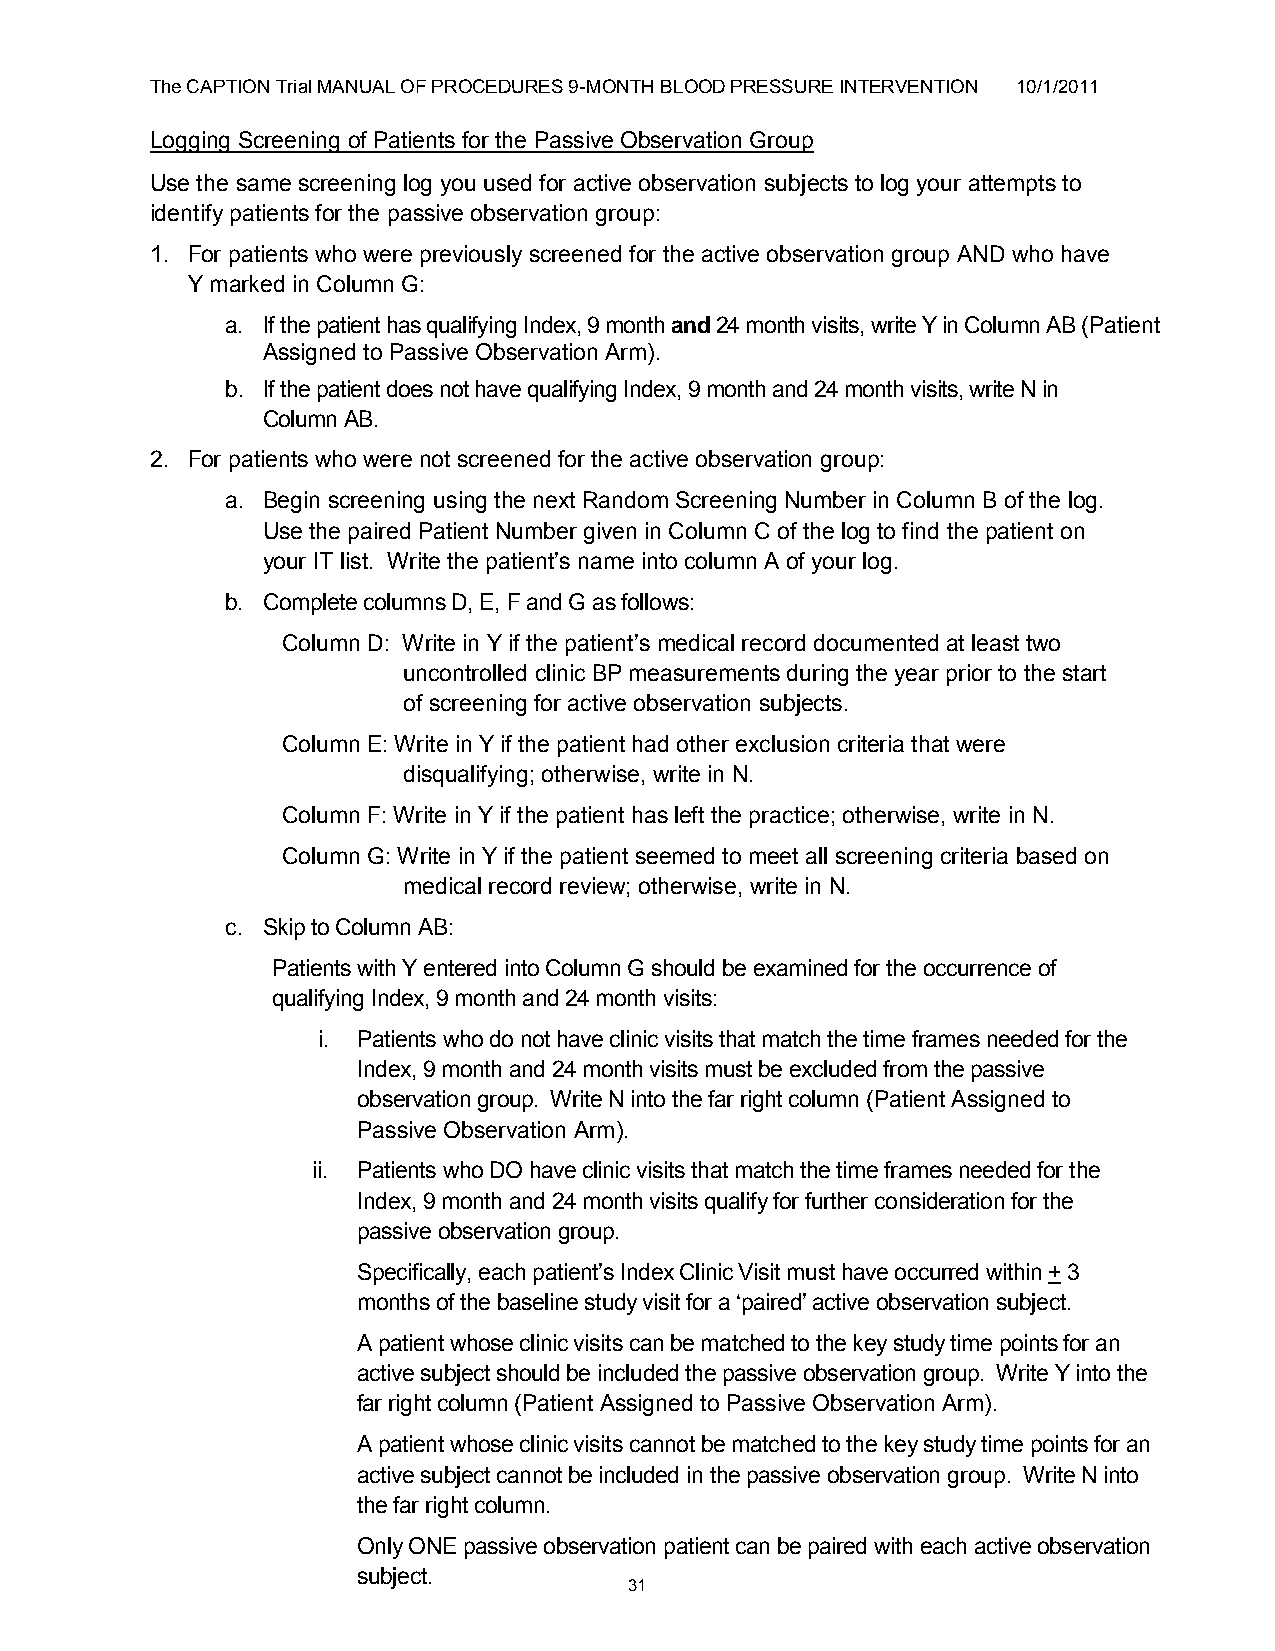
The CAPTION Trial MANUAL OF PROCEDURES 9-MONTH BLOOD PRESSURE INTERVENTION 10/1/2011
 Logging Screening of Patients for the Passive Observation Group
 Use the same screening log you used for active observation subjects to log your attempts to
 identify patients for the passive observation group:
 1. For patients who were previously screened for the active observation group AND who have
 Y marked in Column G:
 a. If the patient has qualifying Index, 9 month and 24 month visits, write Y in Column AB (Patient
 Assigned to Passive Observation Arm).
 b. If the patient does not have qualifying Index, 9 month and 24 month visits, write N in
 Column AB.
 2. For patients who were not screened for the active observation group:
 a. Begin screening using the next Random Screening Number in Column B of the log.
 Use the paired Patient Number given in Column C of the log to find the patient on
 your IT list. Write the patient‟s name into column A of your log.
 b. Complete columns D, E, F and G as follows:
 Column D: Write in Y if the patient‟s medical record documented at least two
 uncontrolled clinic BP measurements during the year prior to the start
 of screening for active observation subjects.
 Column E: Write in Y if the patient had other exclusion criteria that were
 disqualifying; otherwise, write in N.
 Column F: Write in Y if the patient has left the practice; otherwise, write in N.
 Column G: Write in Y if the patient seemed to meet all screening criteria based on
 medical record review; otherwise, write in N.
 c. Skip to Column AB:
 Patients with Y entered into Column G should be examined for the occurrence of
 qualifying Index, 9 month and 24 month visits:
 i. Patients who do not have clinic visits that match the time frames needed for the
 Index, 9 month and 24 month visits must be excluded from the passive
 observation group. Write N into the far right column (Patient Assigned to
 Passive Observation Arm).
 ii. Patients who DO have clinic visits that match the time frames needed for the
 Index, 9 month and 24 month visits qualify for further consideration for the
 passive observation group.
 Specifically, each patient‟s Index Clinic Visit must have occurred within + 3
 months of the baseline study visit for a „paired‟ active observation subject.
 A patient whose clinic visits can be matched to the key study time points for an
 active subject should be included the passive observation group. Write Y into the
 far right column (Patient Assigned to Passive Observation Arm).
 A patient whose clinic visits cannot be matched to the key study time points for an
 active subject cannot be included in the passive observation group. Write N into
 the far right column.
 Only ONE passive observation patient can be paired with each active observation
 subject.
 31